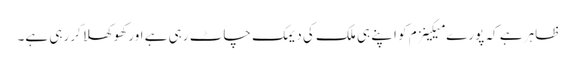
ظاہر ہے کہ پورے میکینزم کو اپنے ہی ملک کی دیمک چاٹ رہی ہے اور کھوکھلا کررہی ہے۔